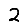
Digit: 2